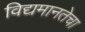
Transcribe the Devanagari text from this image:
विद्यमानतेचा